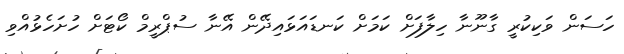
ހަސަން ވަކިކުރީ ގާނޫނާ ހިލާފަށް ކަމަށް ކަނޑައަޅައިދޭން އޭނާ ސުޕްރީމް ކޯޓަށް ހުށަހެޅުއްވި